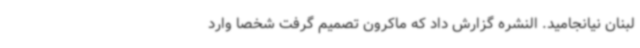
لبنان نیانجامید. النشره گزارش داد که ماکرون تصمیم گرفت شخصاً وارد